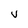
Character: v